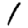
Digit: 1